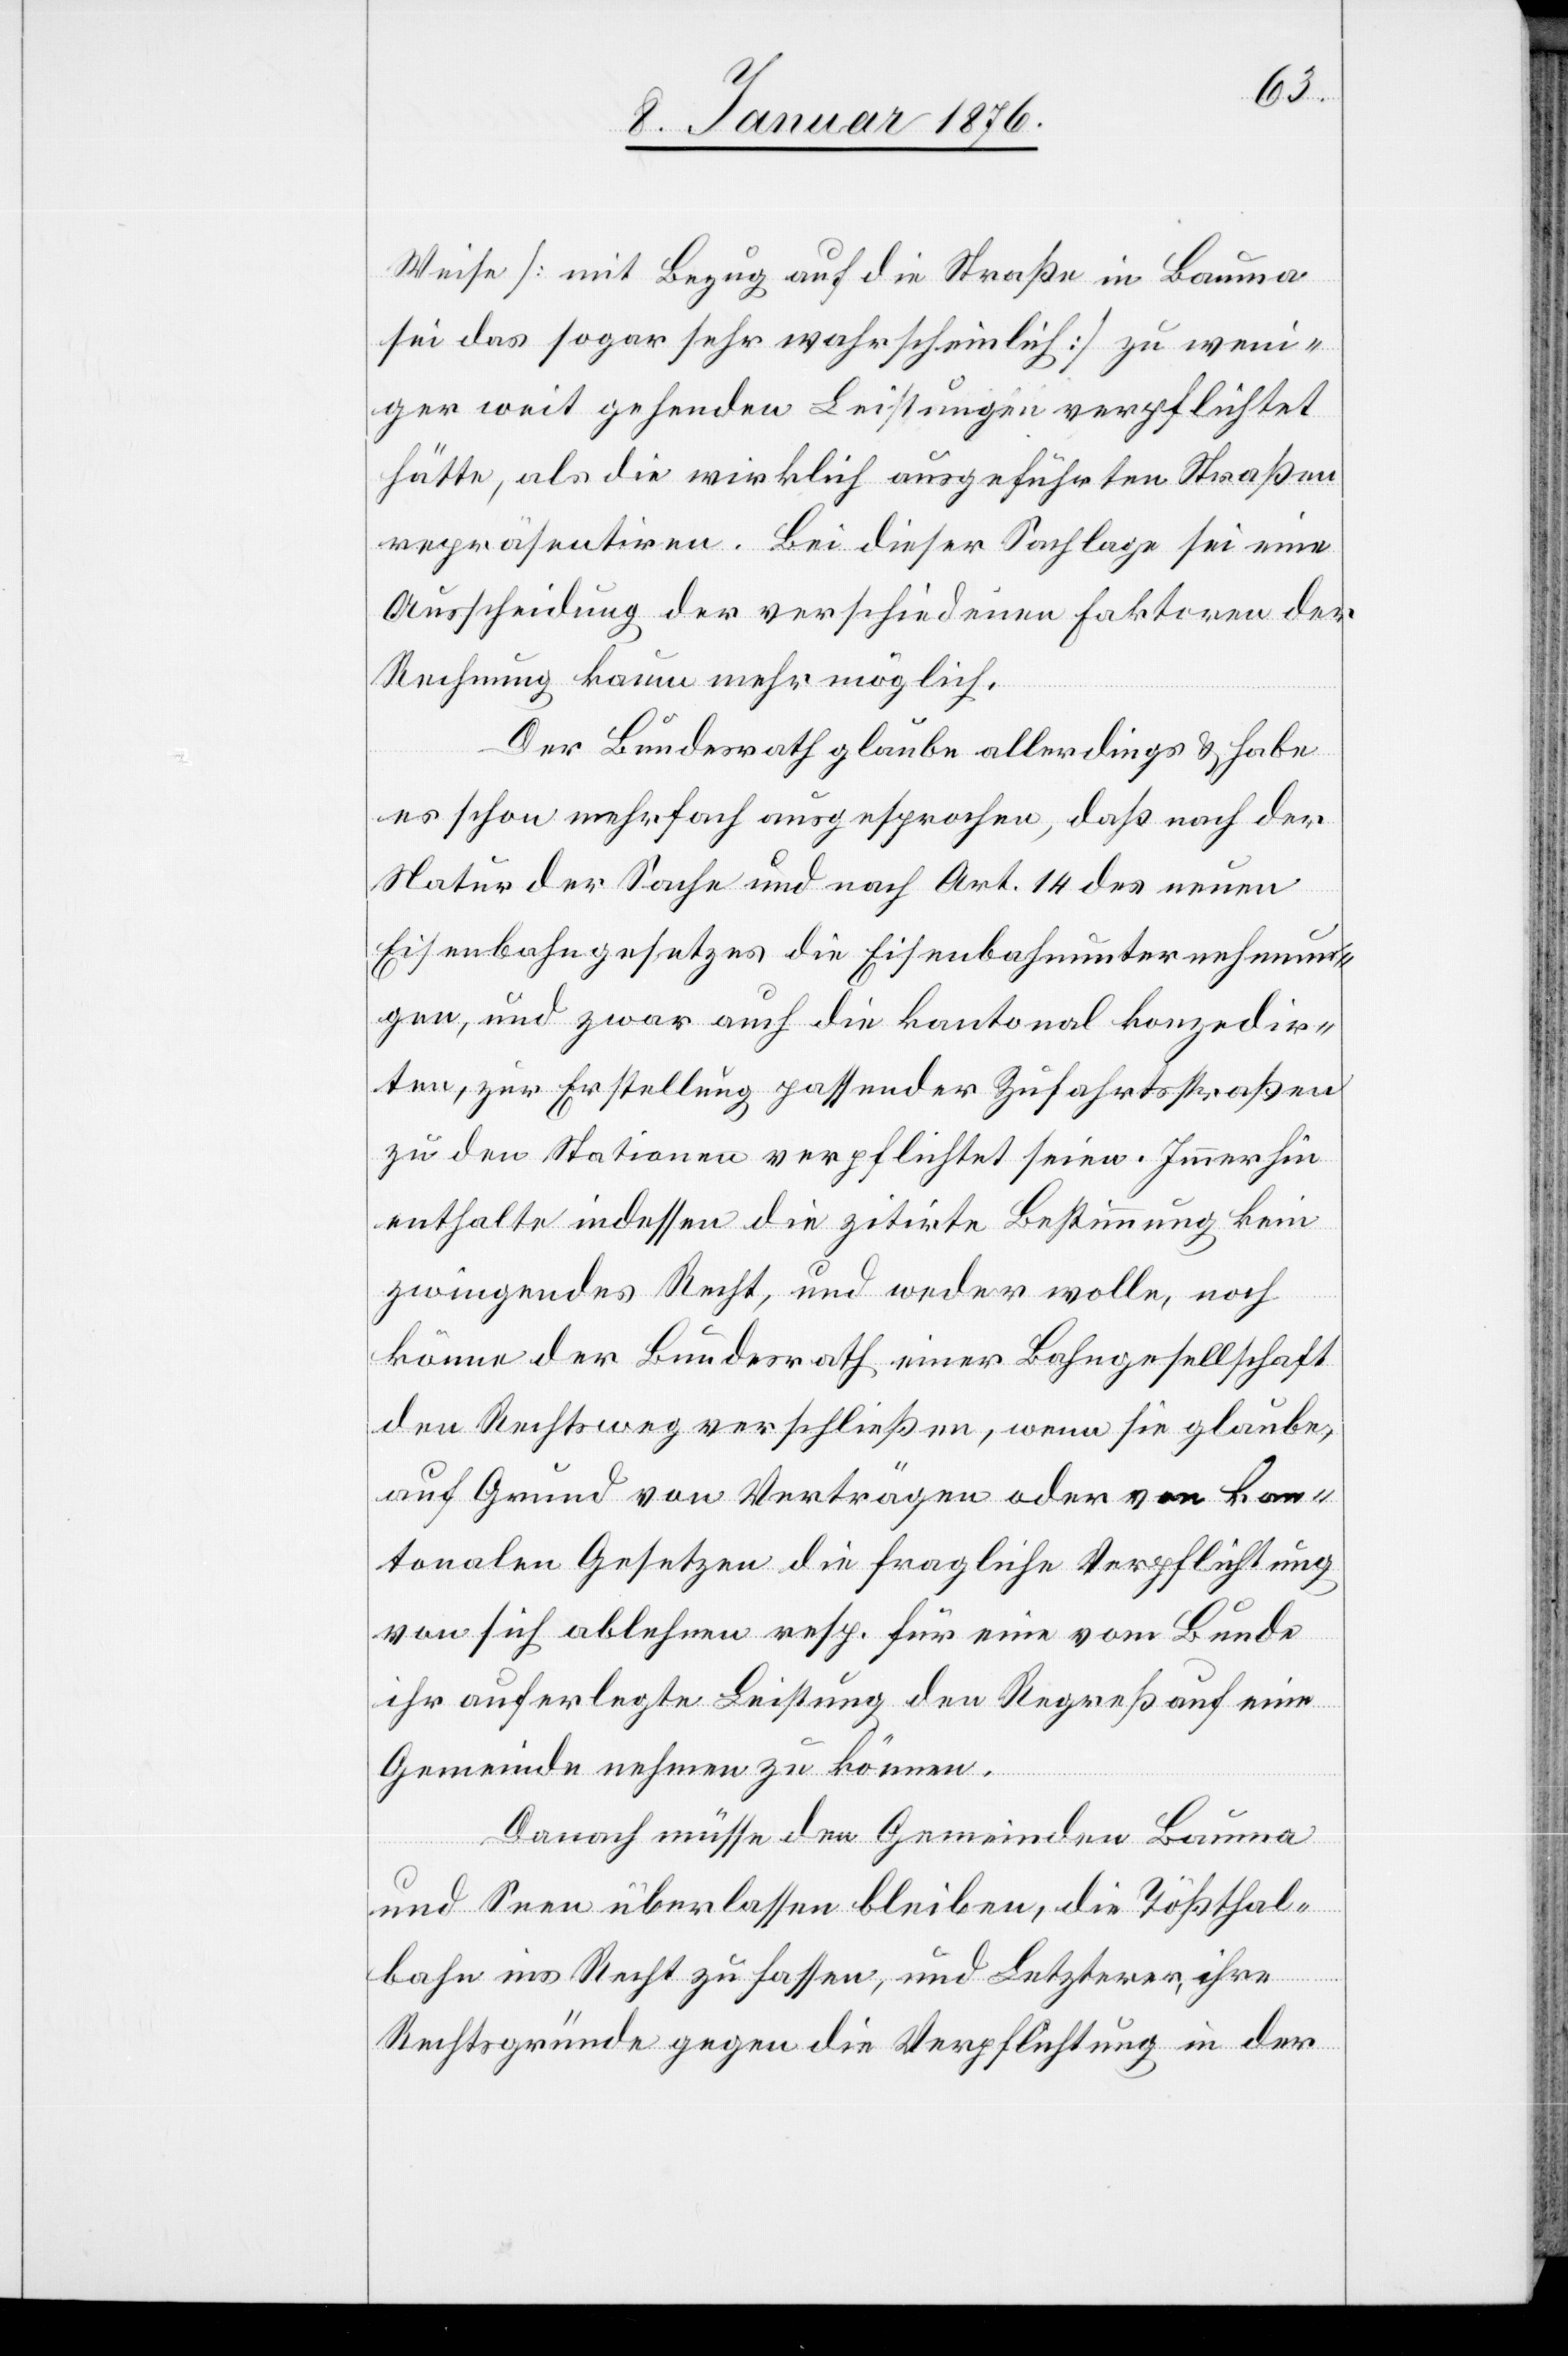
Weise [mit Bezug auf die Straße in Bauma
sei das sogar sehr wahrscheinlich] zu weni¬
ger weit gehenden Leistungen verpflichtet
hätte, als die wirklich ausgeführten Straßen
repräsentiren. Bei dieser Sachlage sei eine
Ausscheidung der verschiedenen Faktoren der
Rechnung kaum mehr möglich.
Der Bundesrath glaube allerdings u. habe
es schon mehrfach ausgesprochen, daß nach der
Natur der Sache und nach Art. 14 des neuen
Eisenbahngesetzes die Eisenbahnunternehmun¬
gen, und zwar auch die kantonal konzedir¬
ten, zur Erstellung passender Zufahrtsstraßen
zu den Stationen verpflichtet seien. Immerhin
enthalte indessen die zitirte Bestimmung kein
zwingendes Recht, und weder wolle, noch
könne der Bundesrath einer Bahngesellschaft
den Rechtsweg verschließen, wenn sie glaube,
auf Grund von Verträgen oder von kan¬
tonalen Gesetzen die fragliche Verpflichtung
von sich ablehnen resp. für eine vom Bunde
ihr auferlegte Leistung den Regreß auf eine
Gemeinde nehmen zu können.
Danach müsse den Gemeinden Bauma
und Seen überlassen bleiben, die Tößthal¬
bahn ins Recht zu fassen, und Letzterer, ihre
Rechtsgründe gegen die Verpflichtung in der